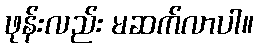
ဖုန်းလည်း မဆက်လာပါ။